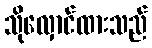
သိုလှောင်ထားသည်